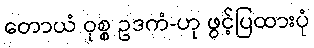
တောယံ ဝုစ္စ ဥဒကံ-ဟု ဖွင့်ပြထားပုံ